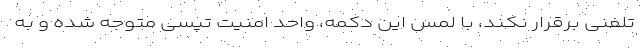
تلفنی برقرار نکند، با لمس این دکمه، واحد امنیت تپسی متوجه شده و به